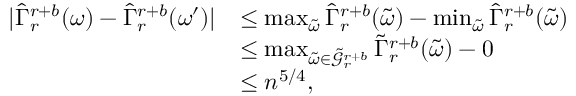
\begin{array} { r l } { | \widehat { \Gamma } _ { r } ^ { r + b } ( \omega ) - \widehat { \Gamma } _ { r } ^ { r + b } ( \omega ^ { \prime } ) | } & { \leq \operatorname* { m a x } _ { \tilde { \omega } } \widehat { \Gamma } _ { r } ^ { r + b } ( \tilde { \omega } ) - \operatorname* { m i n } _ { \tilde { \omega } } \widehat { \Gamma } _ { r } ^ { r + b } ( \tilde { \omega } ) } \\ & { \leq \operatorname* { m a x } _ { \tilde { \omega } \in \tilde { \mathcal { G } } _ { r } ^ { r + b } } \tilde { \Gamma } _ { r } ^ { r + b } ( \tilde { \omega } ) - 0 } \\ & { \leq n ^ { 5 / 4 } , } \end{array}